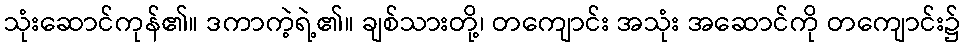
သုံးဆောင်ကုန်၏။ ဒကာကဲ့ရဲ့၏။ ချစ်သားတို့၊ တကျောင်း အသုံး အဆောင်ကို တကျောင်း၌